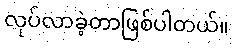
လုပ်လာခဲ့တာဖြစ်ပါတယ်။